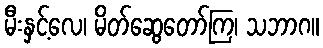
မီးနှင့်လေ၊ မိတ်ဆွေတော်ကြ၊ သဘာဂ။